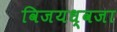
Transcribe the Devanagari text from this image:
विजयध्वजा